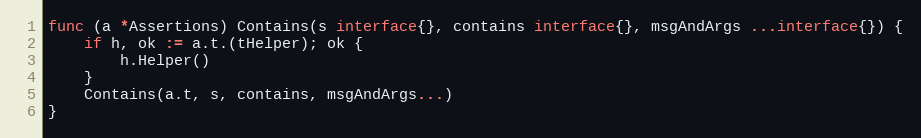
Language: Go
func (a *Assertions) Contains(s interface{}, contains interface{}, msgAndArgs ...interface{}) {
	if h, ok := a.t.(tHelper); ok {
		h.Helper()
	}
	Contains(a.t, s, contains, msgAndArgs...)
}